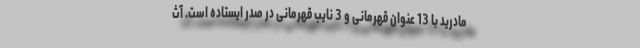
مادرید با 13 عنوان قهرمانی و 3 نایب قهرمانی در صدر ایستاده است. آث